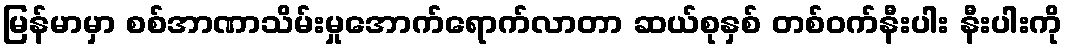
မြန်မာမှာ စစ်အာဏာသိမ်းမှုအောက်ရောက်လာတာ ဆယ်စုနှစ် တစ်ဝက်နီးပါး နီးပါးကို